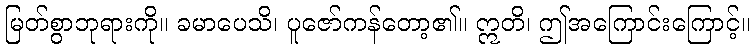
မြတ်စွာဘုရားကို။ ခမာပေသိ၊ ပူဇော်ကန်တော့၏။ ဣတိ၊ ဤအကြောင်းကြောင့်။